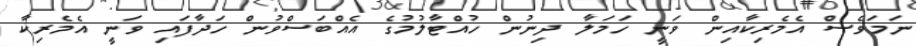
ނަމަވެސް އެމެރިކާއިން ވަނީ ހަމަލާ ދިނުން ހުއްޓާލުމުގެ އެއްބަސްވުން ހަދާފައި ވަނީ އެމެރިކާ